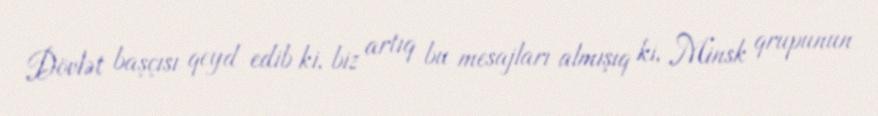
Dövlət başçısı qeyd edib ki, biz artıq bu mesajları almışıq ki, Minsk qrupunun